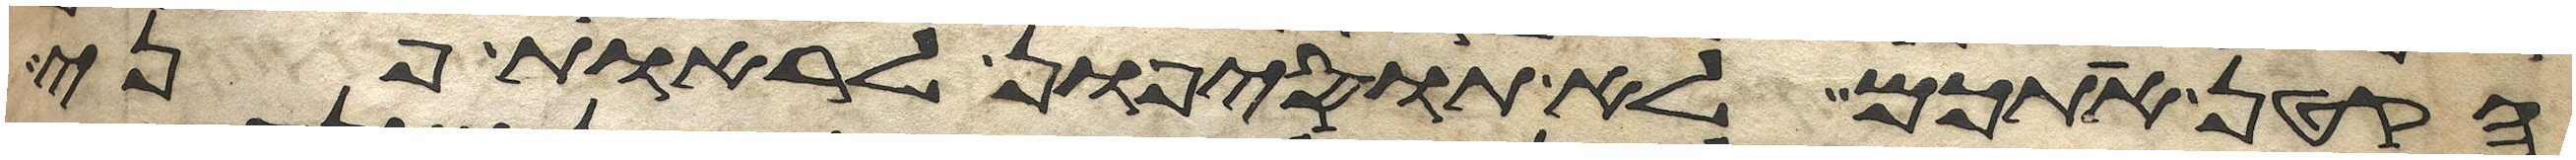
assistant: הקטן אתכם לא תוסיפון לראות פני